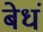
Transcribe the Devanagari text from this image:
बेधं